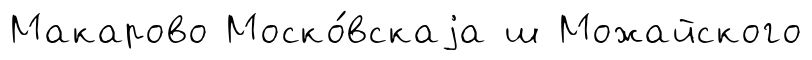
Макарово Моско́вскаjа ш Можайского